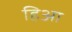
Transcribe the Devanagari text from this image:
हिआ